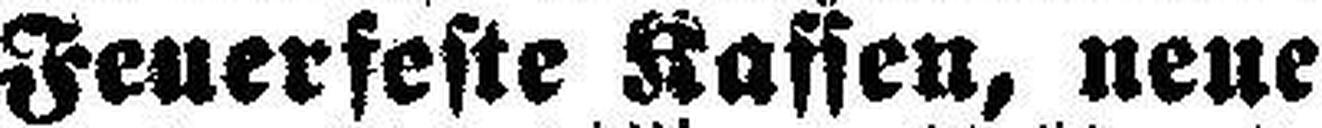
Feuerfeste Kassen, neue